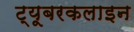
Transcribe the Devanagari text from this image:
ट्यूबरकलाइन